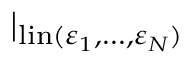
\mid _ { \mathrm { l i n } ( \varepsilon _ { 1 } , \ldots , \varepsilon _ { N } ) }